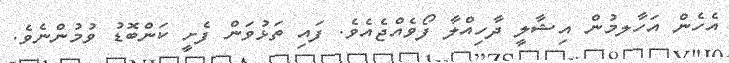
އެހެން އަހާލމުން އިޝާލީ ދާހިއްލާ ފޯވެއްޖެއެވެ. ފައި ތަޅުވަން ފެށީ ކަންބޮޑު ވުމުންނެވެ.